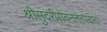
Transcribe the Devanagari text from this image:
श्रीसुंदरीसेवनतत्परानां